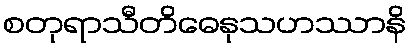
စတုရာသီတိဓေနုသဟဿာနိ